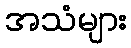
အသံများ